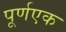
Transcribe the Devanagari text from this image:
पूर्णएक